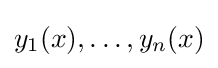
y_{1}(x),\ldots ,y_{n}(x)